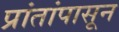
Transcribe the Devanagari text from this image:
प्रांतांपासून